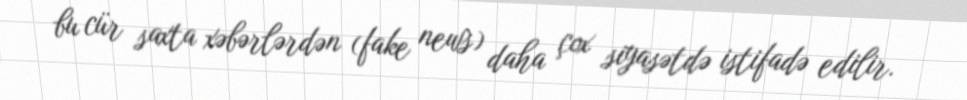
bu cür saxta xəbərlərdən (fake news) daha çox siyasətdə istifadə edilir.